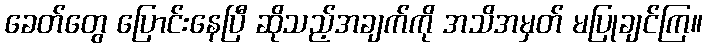
ခေတ်တွေ ပြောင်းနေပြီ ဆိုသည့်အချက်ကို အသိအမှတ် မပြုချင်ကြ။